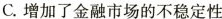
C.增加了金融市场的不稳定性